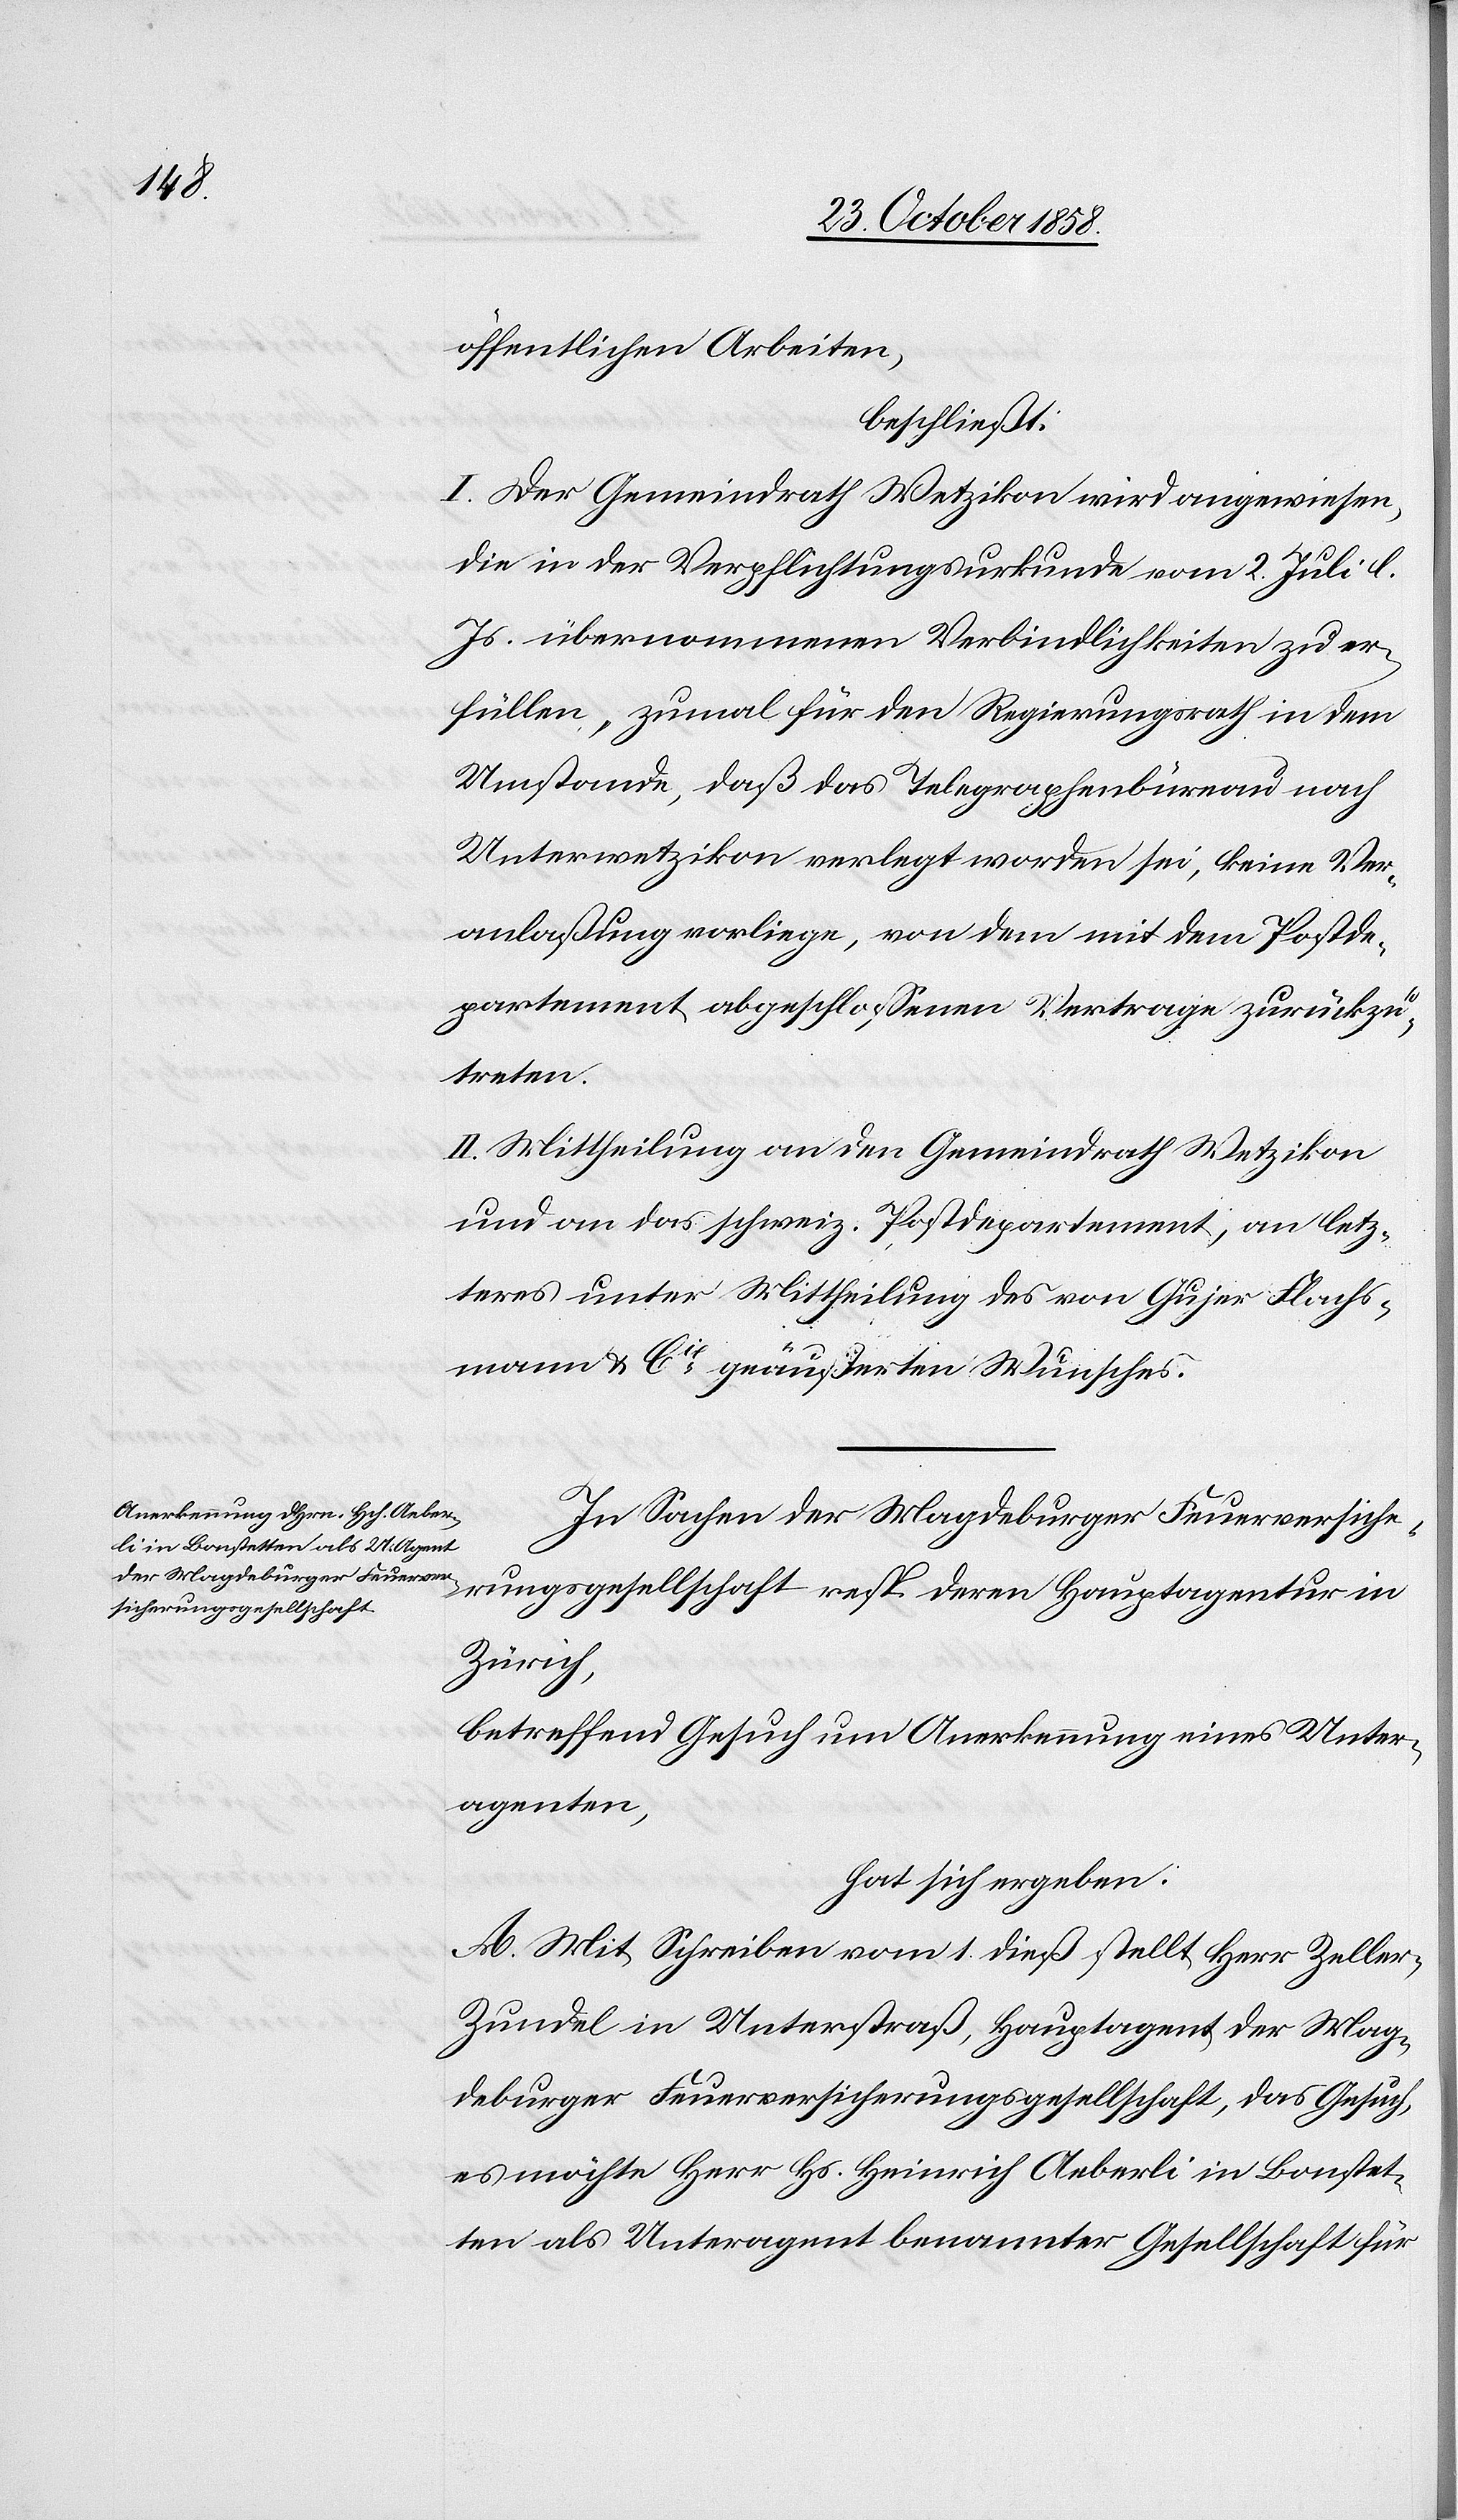
öffentlichen Arbeiten,
beschließt:
I. Der Gemeindrath Wetzikon wird angewiesen,
die in der Verpflichtungsurkunde vom 2. Juli l.
Js. übernommenen Verbindlichkeiten zu er¬
füllen, zumal für den Regierungsrath in dem
Umstande, daß das Telegraphenbüreau nach
Unterwetzikon verlegt worden sei, keine Ver¬
anlaßung vorliege, von dem mit dem Postde¬
partement abgeschlossenen Vertrage zurückzu¬
treten.
II. Mittheilung an den Gemeindrath Wetzikon
und an das schweiz. Postdepartement, an letz¬
teres unter Mittheilung des von Gujer Flachs¬
mann & Cie. geäußerten Wunsches.
In Sachen der Magdeburger Feuerversiche¬
rungsgesellschaft resp. deren Hauptagentur in
Zürich,
betreffend Gesuch um Anerkennung eines Unter¬
agenten,
hat sich ergeben:
A. Mit Schreiben vom 1. dieß stellt Herr Zelle¬
r-Zundel in Unterstraß, Hauptagent der Mag¬
deburger Feuerversicherungsgesellschaft, das Gesuch,
es möchte Herr Hs. Heinrich Aeberli in Bonstet¬
ten als Unteragent benannter Gesellschaft für